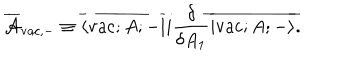
LaTeX: \overline { { { \cal A } } } _ { \mathrm { v a c } , - } \equiv \overline { { { \langle \mathrm { v a c } ; A ; - | } } } i \frac { \delta } { \delta A _ { 1 } } \overline { { { | \mathrm { v a c } ; A ; - \rangle } } } .